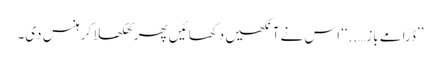
’’ڈرامے باز…..‘‘ اس نے آنکھیں دکھائیں پھر کھلکھلا کر ہنس دی۔